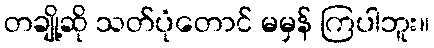
တချို့ဆို သတ်ပုံတောင် မမှန် ကြပါဘူး။